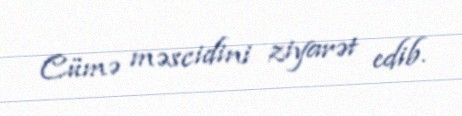
Cümə məscidini ziyarət edib.